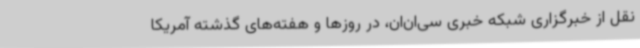
نقل از خبرگزاری شبکه خبری سی‌ان‌ان، در روزها و هفته‌های گذشته آمریکا